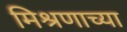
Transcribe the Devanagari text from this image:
मिश्रणाच्या